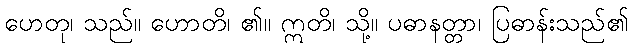
ဟေတု၊ သည်။ ဟောတိ၊ ၏။ ဣတိ၊ သို့။ ပဓာနတ္တာ၊ ပြဓာန်းသည်၏